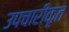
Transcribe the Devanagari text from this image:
उपचारीकृत